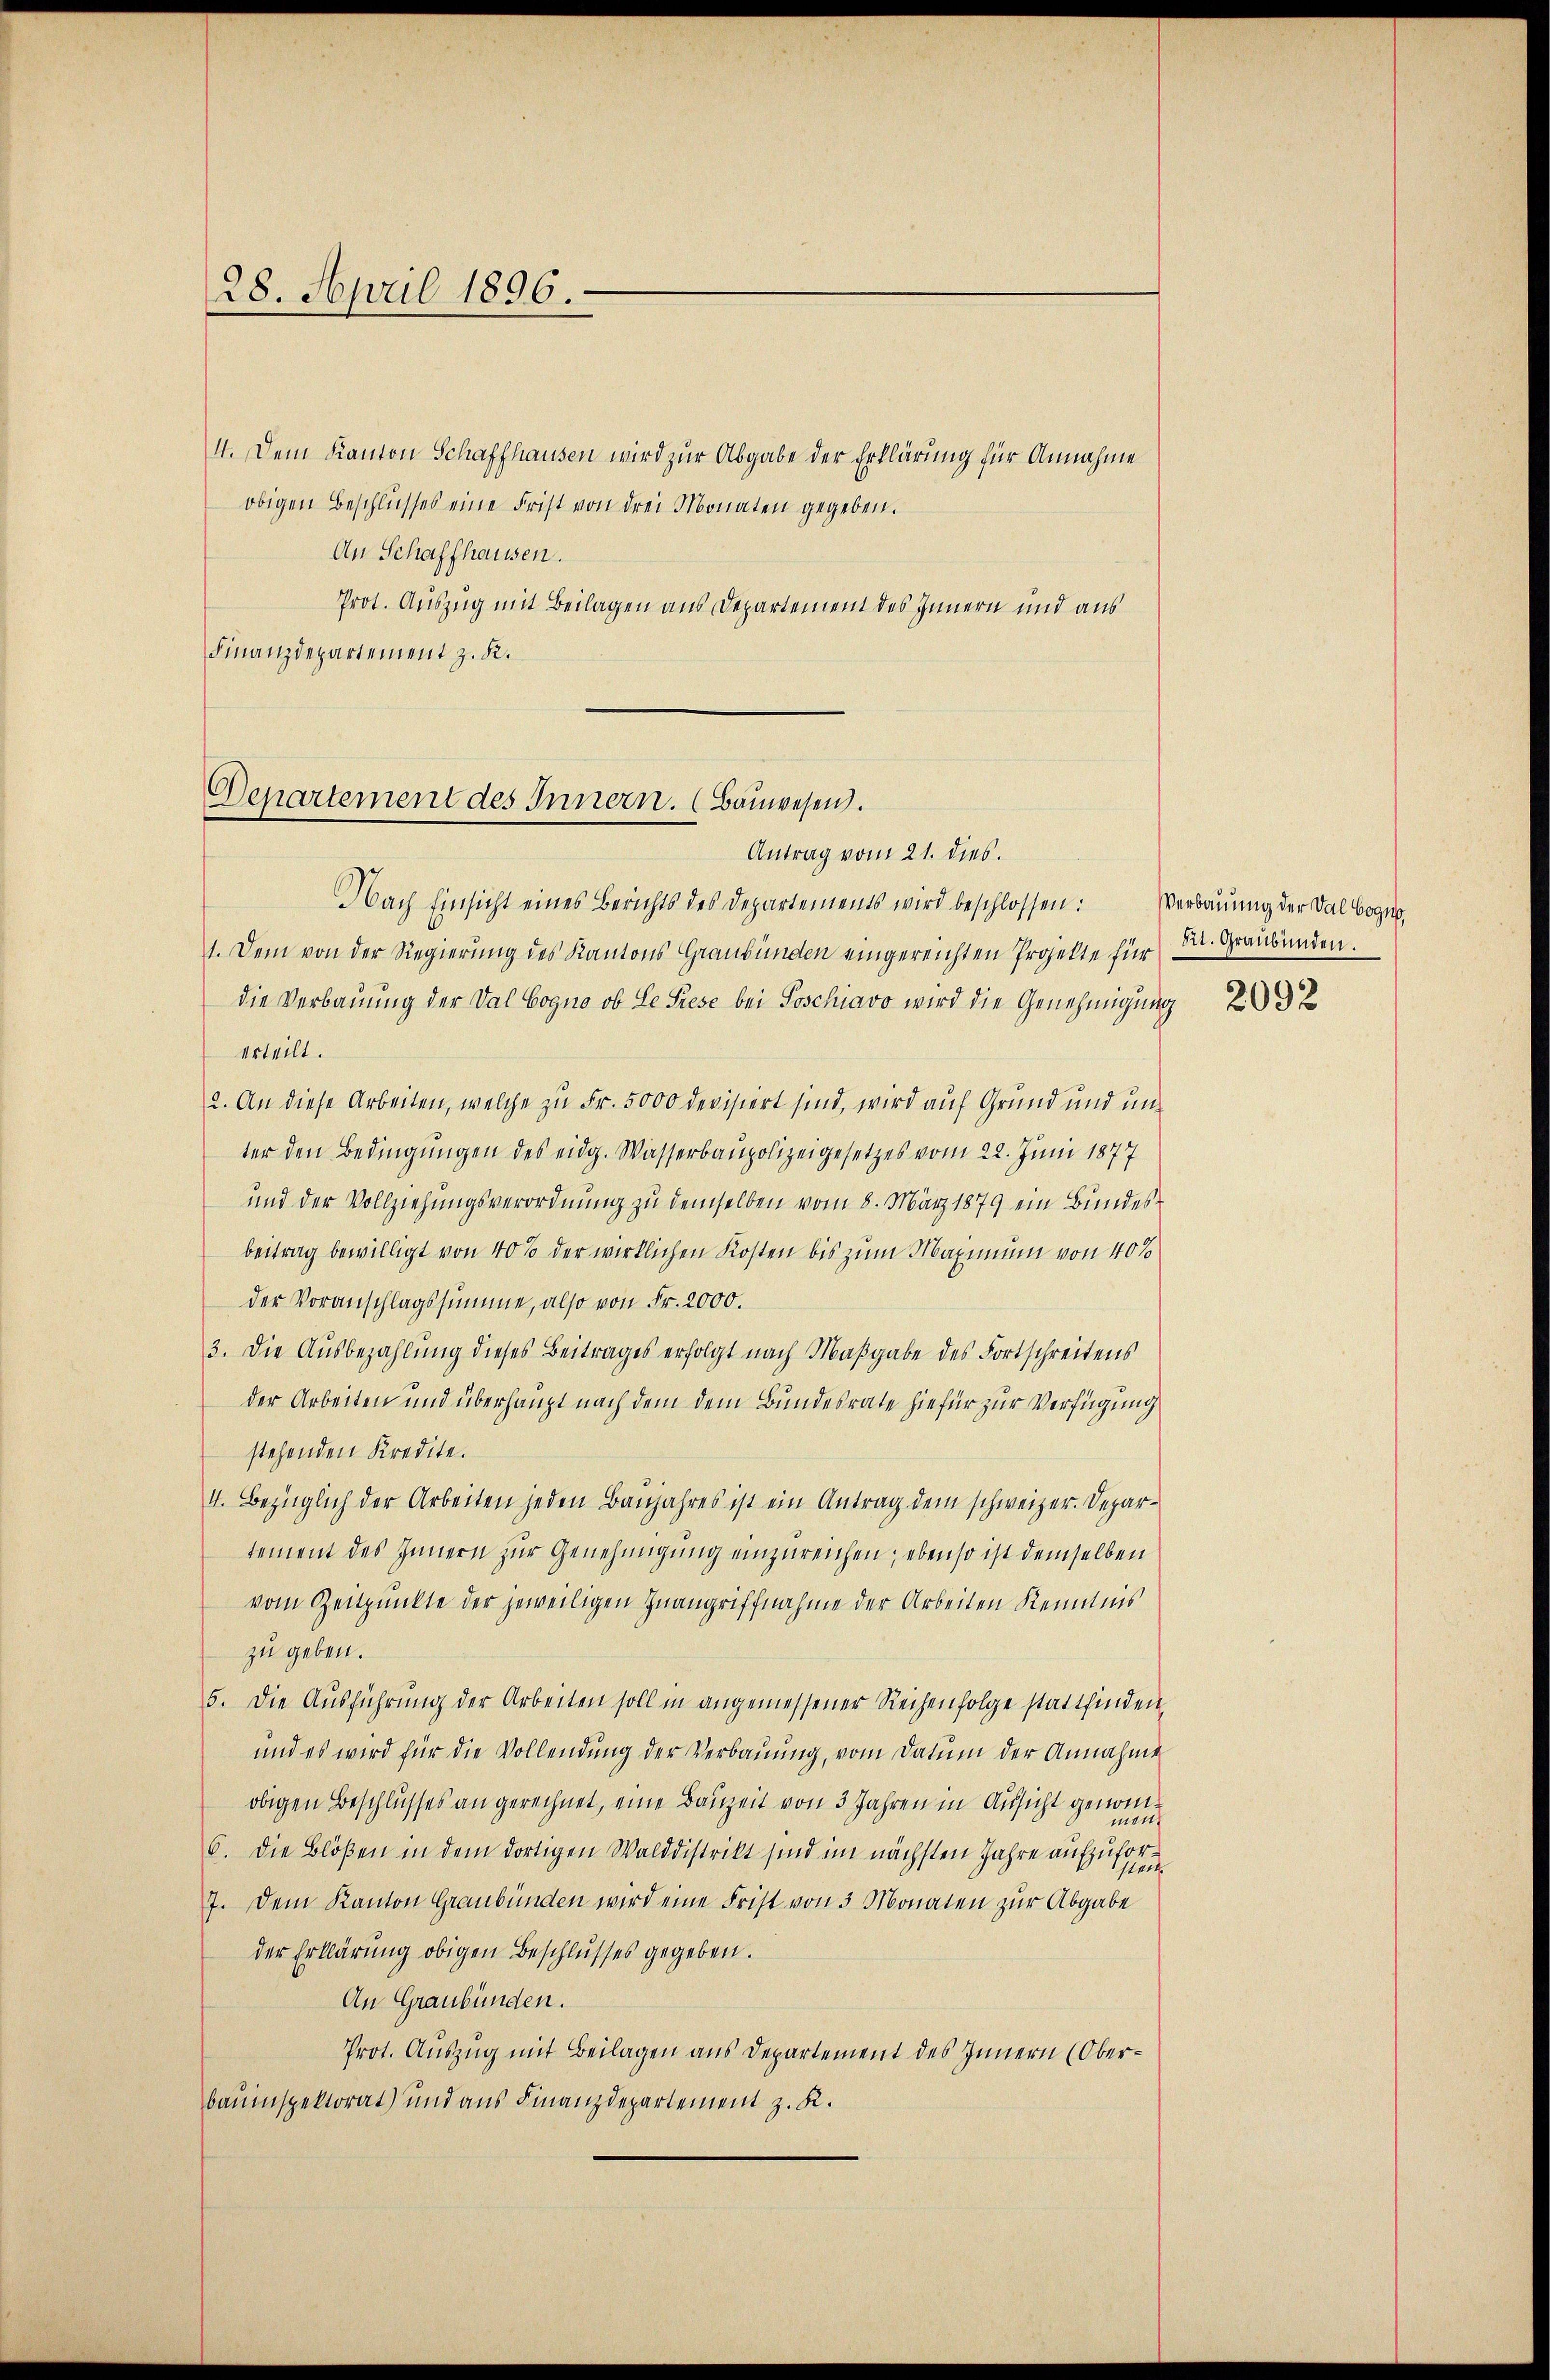
28. April 1896.

4. Dem Kanton Schaffhausen wird zur Abgabe der Erklärung für Annahme
obigen Beschlusses eine Frist von drei Monaten gegeben.
An Schaffhausen.
Prot. Auszug mit Beilagen aus Departement des Innern und aus
Finanzdepartement z. K.

Departement des Innern. (Bauwesen.
Antrag vom 21. dies

Nach Einsicht eines Berichts des Departements wird beschlossen: Verbaŭŭng der Dal Cogno
1. Dem von der Regierung des Kantons Graubünden eingereichten Projekte für
die Verbauung der Val Cogno ob Le Prese bei Soschiavo wird die Genehmigung
urteilt.
2. An diese Arbeiten, welche zu Fr. 5000 devisiert sind, wird auf Grund und unter den Bedingungen des eidg. Wasserbaupolizeigesetzes vom 22. Juni 1877
und der Vollziehungsverordnung zu demselben vom 8. März 1879 ein Bundesbeitrag bewilligt von 40% der wirklichen Kosten bis zum Maximum von 40%
der Voranschlagssumme, also von Fr. 2000.
3. Die Ausbezahlung dieses Beitrages erfolgt nach Maßgabe des Fortschreitens
der Arbeiten und überhaupt nach dem dem Bundesrate hiefür zur Verfügung
stehenden Kredite.
4. Bezüglich der Arbeiten jeden Banjahres ist ein Antrag dem schweizer. Departement des Innern zur Genehmigung einzureichen; ebenso ist demselben
vom Zeitpunkte der jeweiligen Inangriffnahme der Arbeiten Kenntnis
zu geben.
5. Die Ausführung der Arbeiten soll in angemessener Reihenfolge stattfinden
und es wird für die Vollendung der Verbauung, vom Datum der Annahme
obigen Beschlusses an gerechnet, eine Bauzeit von 3 Jahren in Aufsicht genomment
6. Die Blößen in dem dortigen Walddistrikt sind im nächsten Jahre aufgen
7. Dem Kanton Graubünden wird eine Frist von 3 Monaten zur Abgabe
der Erklärung obigen Beschlusses gegeben.
An Graubünden.
Prot. Auszug mit Beilagen aus Departement des Innern (Oberbauinspektorat) und aus Finanzdepartement z. K.

dit. Graubünden.

2092